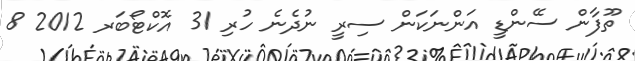
ތޫފާން ސޭންޑީ އަންނަކަން ސިރީ ނުދެނެ ހުރި 31 އޮކްޓޯބަރ 2012 8